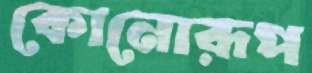
কোনোরূপ